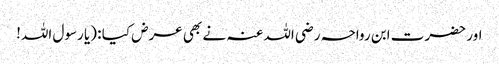
اور حضرت ابن رواحہ رضی اللہ عنہ نے بھی عرض کیا : (یا رسول اللہ!